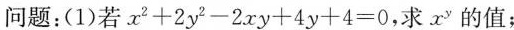
问题：(1)若$$x ^ { 2 } + 2 y ^ { 2 } - 2 x y + 4 y + 4 = 0$$，求x^{y}的值；